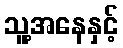
သူ့အနေနှင့်